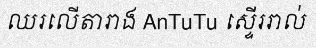
ឈរលើតារាង AnTuTu ស្ទើររាល់